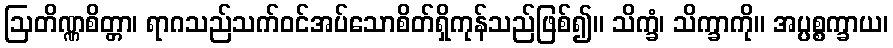
ဩတိဏ္ဏစိတ္တာ၊ ရာဂသည်သက်ဝင်အပ်သောစိတ်ရှိကုန်သည်ဖြစ်၍။ သိက္ခံ၊ သိက္ခာကို။ အပ္ပစ္စက္ခာယ၊